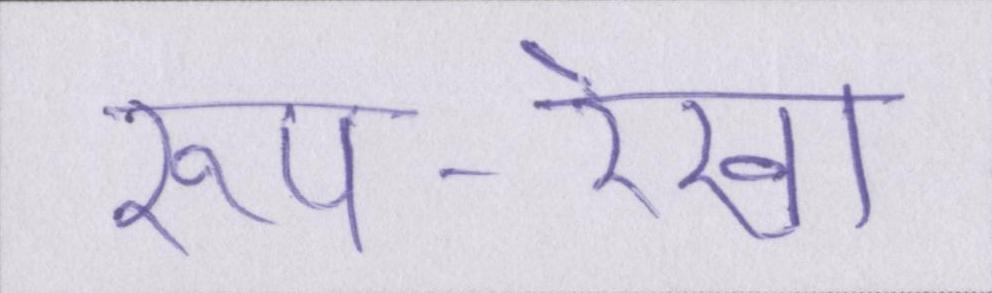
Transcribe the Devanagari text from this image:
रूप-रेखा